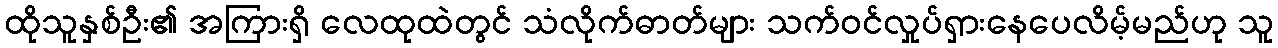
ထိုသူနှစ်ဦး၏ အကြားရှိ လေထုထဲတွင် သံလိုက်ဓာတ်များ သက်ဝင်လှုပ်ရှားနေပေလိမ့်မည်ဟု သူ